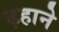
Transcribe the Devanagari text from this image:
ढ़हाने